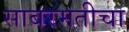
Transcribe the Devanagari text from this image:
साबरमतीचा